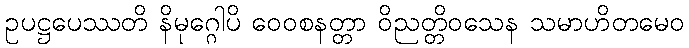
ဥပဋ္ဌပေဿတိ နိမုဂ္ဂေါပိ ဝေဝစနတ္တာ ဝိညတ္တိဝသေန သမာဟိတမေဝ